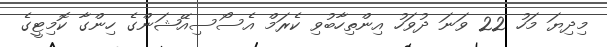
މިދިޔަ މަހު 22 ވަނަ ދުވަހު އިންތިހާބުވި ކެރަމް އެސޯސިއޭޝަންގެ ހިންގާ ކޮމިޓީގެ